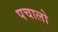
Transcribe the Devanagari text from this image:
पचालो